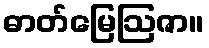
ဓာတ်မြေဩဇာ။